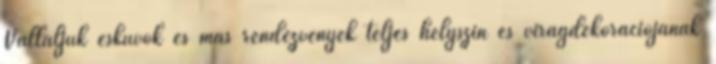
Vállaljuk esküvők és más rendezvények teljes helyszín és virágdekorációjának